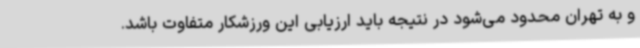
و به تهران محدود می‌شود در نتیجه باید ارزیابی این ورزشکار متفاوت باشد.